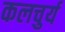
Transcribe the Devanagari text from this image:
कलचुर्य